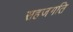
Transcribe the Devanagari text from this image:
सहजगति